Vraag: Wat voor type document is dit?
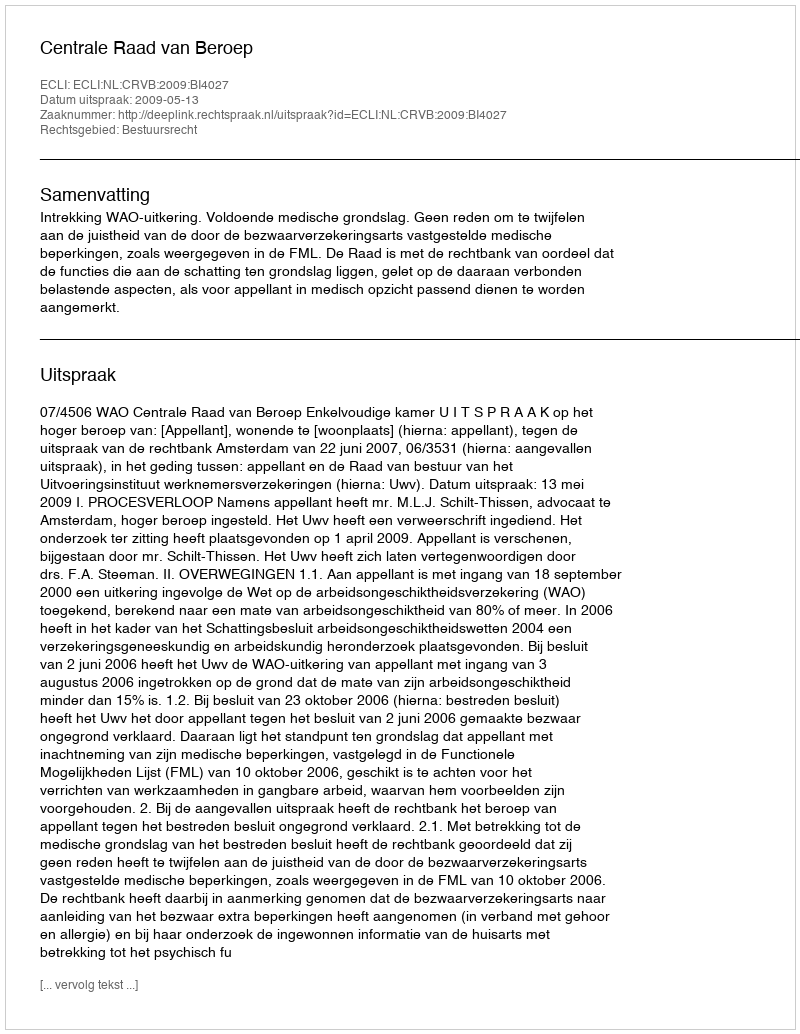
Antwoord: Uitspraak